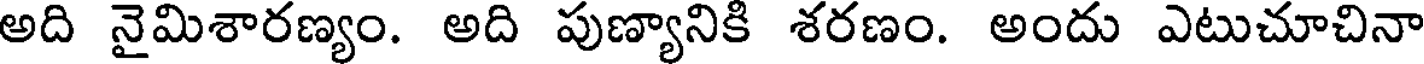
అది నైమిశారణ్యం. అది పుణ్యానికి శరణం. అందు ఎటుచూచినా